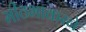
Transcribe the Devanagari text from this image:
मीठभाकरने